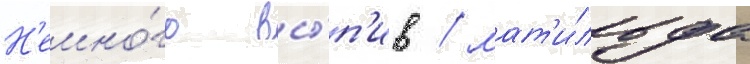
Н'емно́го вы́п'ив / мат'и́льда